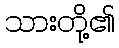
သားတို့၏